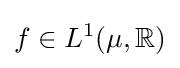
f\in L^{1}(\mu ,\mathbb {R} )